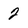
Character: 2